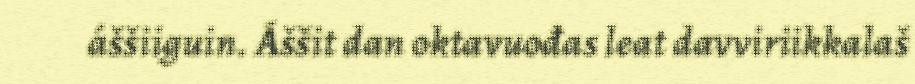
áššiiguin. Áššit dan oktavuođas leat davviriikkalaš